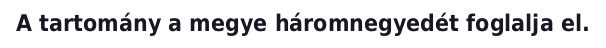
A tartomány a megye háromnegyedét foglalja el.